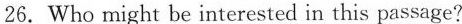
26.Who might be interested in this passage?